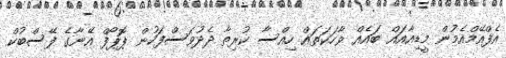
އެފްއޭމްއެމުން މީޑިއާއައް ބައެއް ވާހަކަތައް ހިއްސާ ކުރިތާ ދެދުވަސްފަހުން ޕޮޕޯފް އޭނާގެ ފޭސްބުކް